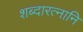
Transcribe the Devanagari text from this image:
शब्दारत्नानि